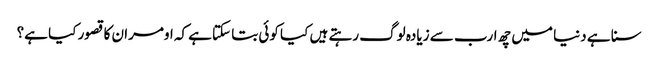
سنا ہے دنیا میں چھ ارب سے زیادہ لوگ رہتے ہیں کیا کوئی بتا سکتاہے کہ اومران کا قصور کیا ہے؟